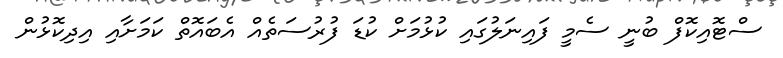
ސްޓޮއިކޮފް ބުނީ ސެމީ ފައިނަލުގައި ކުޅުމަށް ކުޑަ ފުރުސަތެއް އެބައޮތް ކަމަށާއި އިދިކޮޅުން